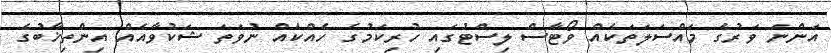
އަންނަ ވަރުގެ މައްސަލަތަކެއް ވޯޓާސް ލިސްޓުގައި ހުރިކަމުގެ ހެއްކެއް ނުވަތަ ޝަކުވާއެއް އިންތިޚާބުގެ